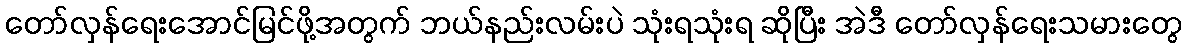
တော်လှန်ရေးအောင်မြင်ဖို့အတွက် ဘယ်နည်းလမ်းပဲ သုံးရသုံးရ ဆိုပြီး အဲဒီ တော်လှန်ရေးသမားတွေ